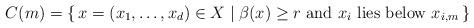
LaTeX: \begin{align*} C(m)=\{\, x = (x_1,\dotsc, x_d) \in X \mid \beta(x)\geq r \text{ and $x_i$ lies below $x_{i,m}$} \,\} \end{align*}